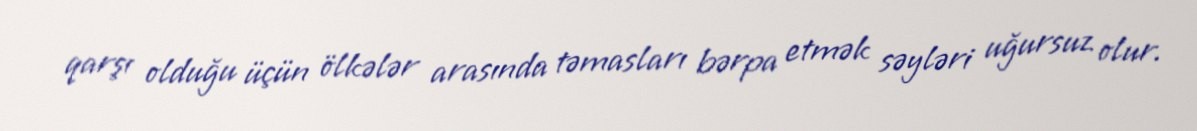
qarşı olduğu üçün ölkələr arasında təmasları bərpa etmək səyləri uğursuz olur.